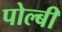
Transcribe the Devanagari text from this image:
पोल्बी